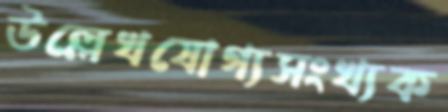
উল্লেখযোগ্যসংখ্যক